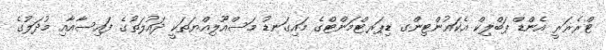
ޓްރެޜަރީ އެންޑް ޕަބްލިކް އެކައުންޓިންގ ޑިޕަރޓްމަންޓްގެ މައިގަނޑު މަސްއޫލިއްޔަތަކީ ދައުލަތުގެ ފައިސާއާއި މުދަލުގެ